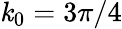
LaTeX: \mathit{k}_{0}=3\pi/4